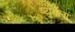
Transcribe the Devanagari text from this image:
प्युबेला